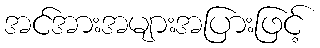
အင်အားအများအပြားဖြင့်